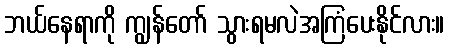
ဘယ်နေရာကို ကျွန်တော် သွားရမလဲအကြံပေးနိုင်လား။